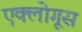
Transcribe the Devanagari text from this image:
एक्लोगूस